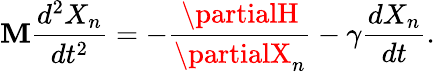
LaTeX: \mathbf{M}\frac{{d^{2}X_{n}}}{{dt^{2}}}=-\frac{{\partialH}}{{\partialX_{n}}}-\gamma\frac{{dX_{n}}}{{dt}}.